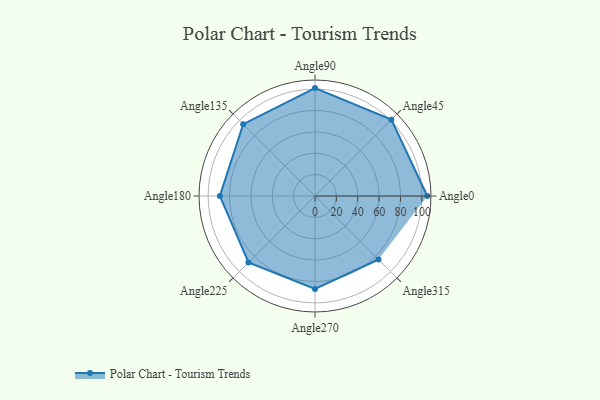
{"axis": {"x": "Angle", "y": "Radius"}, "legend": [""], "data": [{"x": "Angle0", "y": 105.0, "type": ""}, {"x": "Angle45", "y": 101.0, "type": ""}, {"x": "Angle90", "y": 101.0, "type": ""}, {"x": "Angle135", "y": 95.0, "type": ""}, {"x": "Angle180", "y": 89.0, "type": ""}, {"x": "Angle225", "y": 88.0, "type": ""}, {"x": "Angle270", "y": 87.0, "type": ""}, {"x": "Angle315", "y": 84.0, "type": ""}]}